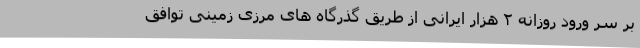
بر سر ورود روزانه ۲ هزار ایرانی از طریق گذرگاه های مرزی زمینی توافق